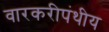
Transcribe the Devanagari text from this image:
वारकरीपंथीय